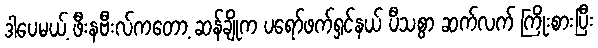
ဒါပေမယ့် ဖီးနဗီးလ်ကတော့ ဆန်ချိုက ပရော်ဖက်ရှင်နယ် ပီသစွာ ဆက်လက် ကြိုးစားပြီး